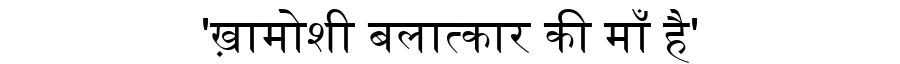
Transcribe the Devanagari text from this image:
'ख़ामोशी बलात्कार की माँ है'